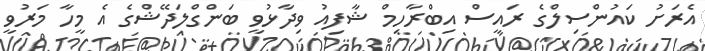
އެރަށު ކައުންސިލްގެ ރައީސް އިބްރާހިމް ޝާފިއު ވިދާޅުވީ ބަންގްލަދޭޝްގެ އެ މީހާ މަރުވީ